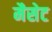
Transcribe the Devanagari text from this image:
मैसेट